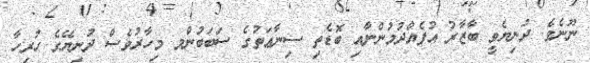
ނޫނެވެ. ދުނިޔެވީ ބާޒާރު އުފެއްދުމުންނާއި ބޮޑެތި ސިނާޢަތުގެ ސަބަބުންމ މިހާރުވެސް ދުނިޔޭގެ ހުރިހާ